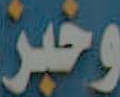
وخبز